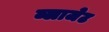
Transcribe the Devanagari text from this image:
ब्लाजेट